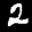
Label: 2